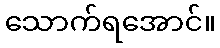
သောက်ရအောင်။